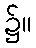
၌။